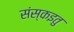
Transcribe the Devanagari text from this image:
संस्कइतु